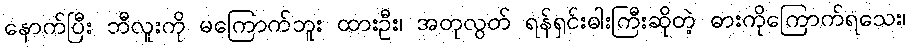
နောက်ပြီး ဘီလူးကို မကြောက်ဘူး ထားဦး၊ အတုလွတ် ရန်ရှင်းဓါးကြီးဆိုတဲ့ ဓားကိုကြောက်ရသေး၊